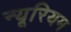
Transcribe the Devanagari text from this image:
न्यूरियम